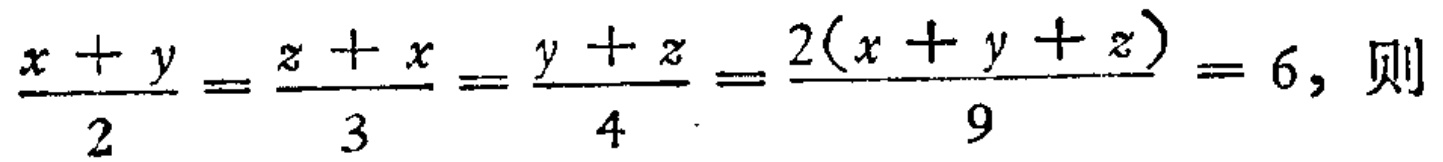
\(\frac{x + y}{2}=\frac{z + x}{3}=\frac{y + z}{4}=\frac{2(x + y + z)}{9}=6\)